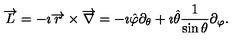
\overrightarrow { L } = - \imath \overrightarrow { r } \times \overrightarrow { \nabla } = - \imath \hat { \varphi } \partial _ { \theta } + \imath \hat { \theta } \frac { 1 } { \sin { \theta } } \partial _ { \varphi } .